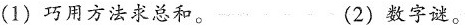
(1)巧用方法求总和。 (2)数字谜。